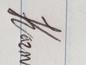
Signature authenticity: genuine